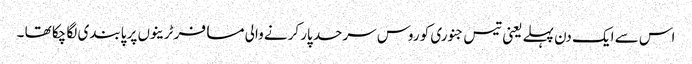
اس سے ایک دن پہلے یعنی تیس جنوری کو روس سرحد پار کرنے والی مسافر ٹرینوں پر پابندی لگا چکا تھا ۔